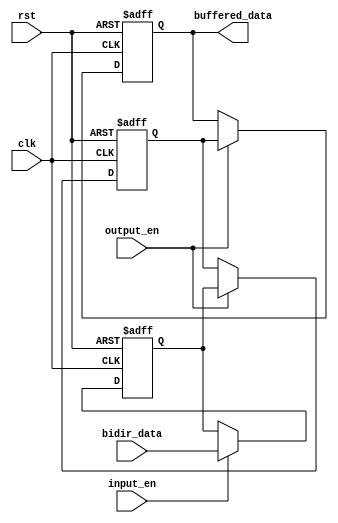
module compensated_bidirectional_buffer (
    input wire clk,
    input wire rst,
    input wire bidir_data,
    input wire input_en,
    input wire output_en,
    output reg buffered_data
);

reg input_buffered_data;
reg output_buffered_data;

always @(posedge clk or posedge rst) begin
    if (rst) begin
        input_buffered_data <= 0;
        output_buffered_data <= 0;
        buffered_data <= 0;
    end else begin
        if (input_en) begin
            input_buffered_data <= bidir_data;
        end
        if (output_en) begin
            output_buffered_data <= input_buffered_data;
            buffered_data <= output_buffered_data;
        end
    end
end

endmodule